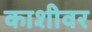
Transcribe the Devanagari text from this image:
काशीवर